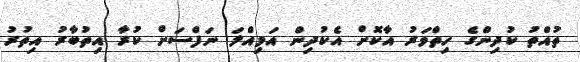
ތުއްތު ކުދިންގެ ހިތްވަރު އާކޮށް އެކުދިން އަމިއްލަ ނަފްސަށް ކުރާ އިތުބާރު އިތުރު